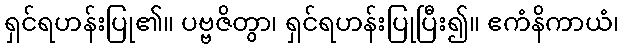
ရှင်ရဟန်းပြု၏။ ပဗ္ဗဇိတွာ၊ ရှင်ရဟန်းပြုပြီး၍။ ဧကံနိကာယံ၊